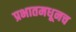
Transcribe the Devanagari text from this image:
प्रभातमधूनच